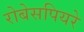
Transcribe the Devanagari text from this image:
रोबेसपियरे